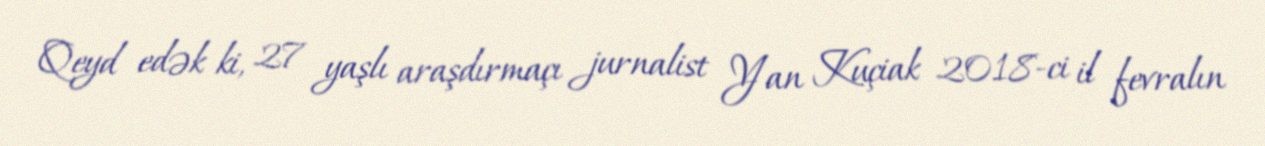
Qeyd edək ki, 27 yaşlı araşdırmaçı jurnalist Yan Kuçiak 2018-ci il fevralın